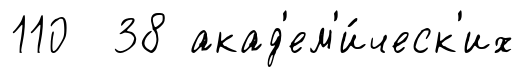
110 38 акад'ем'и́ческ'их